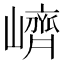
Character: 𡽉